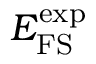
E _ { \mathrm { F S } } ^ { \mathrm { e x p } }